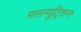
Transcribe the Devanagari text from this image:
मालन्यूट्रिशन